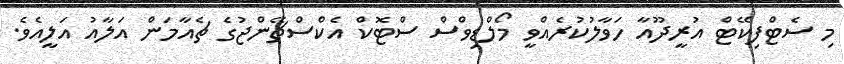
މި ސެޓްފިކޭޓް އުރީދޫއާ ހަވާލުކުރެއްވީ މޯލްޑިވްސް ސްޓޮކް އެކްސްޗޭންޖުގެ ޗެއާމަން އަލާއު އަލީއެވެ.